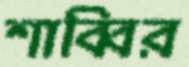
শাব্বির